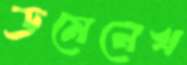
ডমেনেখ